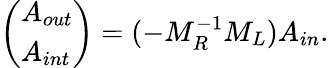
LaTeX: \left(\begin{array}{l}{A_{out}}\\ {A_{int}}\end{array}\right)=(-M_{R}^{-1}M_{L})A_{in}.